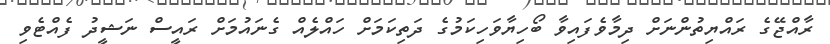
ރާއްޖޭގެ ރައްޔިތުންނަށް ދިމާވެފައިވާ ބޯހިޔާވަހިކަމުގެ ދަތިކަމަށް ހައްލެއް ގެނައުމަށް ރައީސް ނަޝީދު ފެއްޓެވި